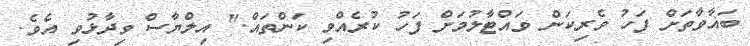
ބަޣާވާތަށް ފަހު ވެރިކަން ވައްޓާލުމަށް ފަހު ކުރެއްވި ކަންތައް." އިލްޔާސް ވިދާޅުވި އެވެ.